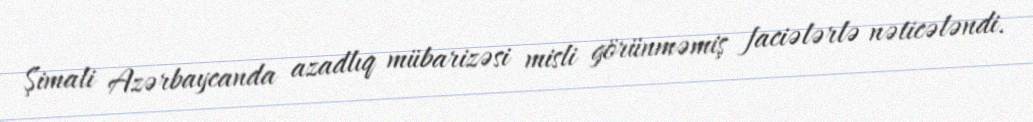
Şimali Azərbaycanda azadlıq mübarizəsi misli görünməmiş faciələrlə nəticələndi.